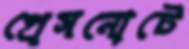
প্রেসনোটে